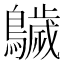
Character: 𱉁